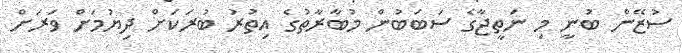
ސުޒޭން ބުނީ މި ނަތީޖާގެ ސަބަބުން މުބާރާތުގެ އިތުރު ބުރަކަށް ދިޔުމަށް ވަރަށް